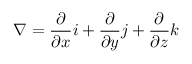
\nabla = \frac { \partial } { \partial x } i + \frac { \partial } { \partial y } j + \frac { \partial } { \partial z } k